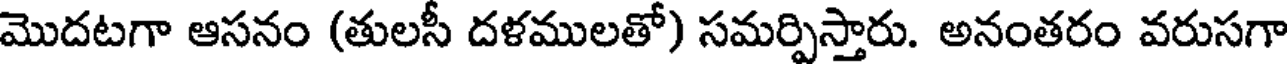
మొదటగా ఆసనం (తులసీ దళములతో) సమర్పిస్తారు. అనంతరం వరుసగా